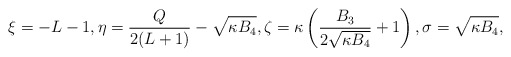
\begin{align*} \xi = -L-1, \eta = \frac{Q}{2(L+1)} - \sqrt{\kappa B_4}, \zeta = \kappa \left(\frac{B_3}{2\sqrt{\kappa B_4}} + 1\right), \sigma = \sqrt{\kappa B_4},\end{align*}